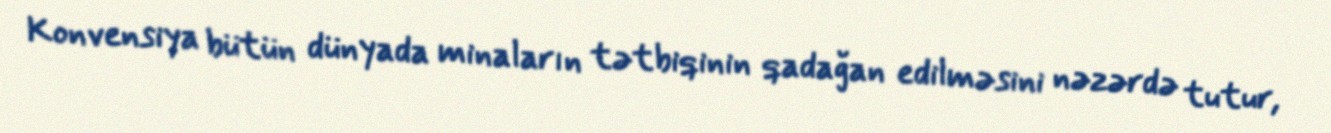
Konvensiya bütün dünyada minaların tətbiqinin qadağan edilməsini nəzərdə tutur,